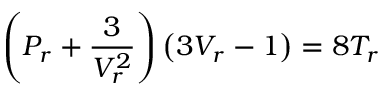
\left( P _ { r } + { \frac { 3 } { V _ { r } ^ { 2 } } } \right) \left( 3 V _ { r } - 1 \right) = 8 T _ { r }